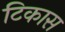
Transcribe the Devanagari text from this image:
टिकास